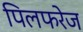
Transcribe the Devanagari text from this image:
पिलफरेज